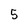
Character: 5